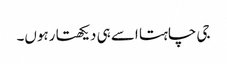
جی چاہتا اسے ہی دیکھتا رہوں۔